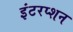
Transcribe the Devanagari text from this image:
इंटरप्शन